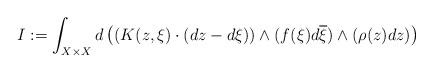
LaTeX: \begin{align*}I:=\int_{X\times X}d\left((K(z, \xi)\cdot(dz-d\xi))\wedge (f(\xi)d\overline{\xi})\wedge (\rho(z)dz)\right)\end{align*}